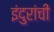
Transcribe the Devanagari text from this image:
इंदुरांची